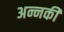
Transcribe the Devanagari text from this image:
अन्नकी